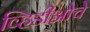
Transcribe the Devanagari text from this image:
व्हिडीओचे